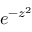
e ^ { - z ^ { 2 } }